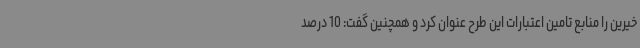
خیرین را منابع تامین اعتبارات این طرح عنوان کرد و همچنین گفت: 10 درصد